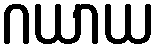
ဂယာယ